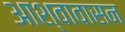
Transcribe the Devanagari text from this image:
आश्वावासन